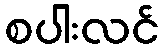
စပါးလင်